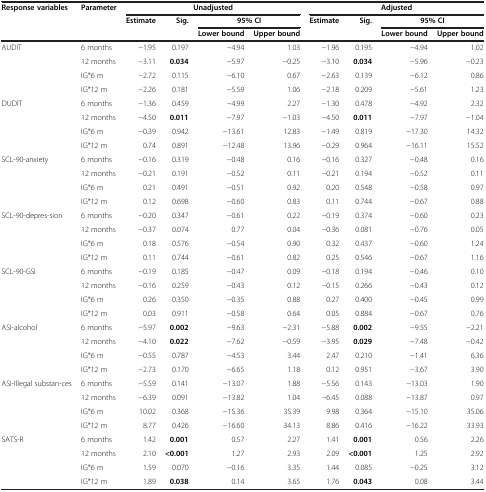
<table><thead><tr><td><b>Response variables</b></td><td><b>Parameter</b></td><td colspan="4"><b>Unadjusted</b></td><td colspan="4"><b>Adjusted</b></td></tr><tr><td><b> </b></td><td><b> </b></td><td><b>Estimate</b></td><td><b>Sig.</b></td><td colspan="2"><b>95% CI</b></td><td><b>Estimate</b></td><td><b>Sig.</b></td><td colspan="2"><b>95% CI</b></td></tr><tr><td><b> </b></td><td><b> </b></td><td><b> </b></td><td><b> </b></td><td><b>Lower bound</b></td><td><b>Upper bound</b></td><td><b> </b></td><td><b> </b></td><td><b>Lower bound</b></td><td><b>Upper bound</b></td></tr></thead><tbody><tr><td rowspan="4">AUDIT</td><td>6 months</td><td>−1.95</td><td>0.197</td><td>−4.94</td><td>1.03</td><td>−1.96</td><td>0.195</td><td>−4.94</td><td>1.02</td></tr><tr><td>12 months</td><td>−3.11</td><td><b>0.034</b></td><td>−5.97</td><td>−0.25</td><td>−3.10</td><td><b>0.034</b></td><td>−5.96</td><td>−0.23</td></tr><tr><td>IG*6 m</td><td>−2.72</td><td>0.115</td><td>−6.10</td><td>0.67</td><td>−2.63</td><td>0.139</td><td>−6.12</td><td>0.86</td></tr><tr><td>IG*12 m</td><td>−2.26</td><td>0.181</td><td>−5.59</td><td>1.06</td><td>−2.18</td><td>0.209</td><td>−5.61</td><td>1.23</td></tr><tr><td rowspan="4">DUDIT</td><td>6 months</td><td>−1.36</td><td>0.459</td><td>−4.99</td><td>2.27</td><td>−1.30</td><td>0.478</td><td>−4.92</td><td>2.32</td></tr><tr><td>12 months</td><td>−4.50</td><td><b>0.011</b></td><td>−7.97</td><td>−1.03</td><td>−4.50</td><td><b>0.011</b></td><td>−7.97</td><td>−1.04</td></tr><tr><td>IG*6 m</td><td>−0.39</td><td>0.942</td><td>−13.61</td><td>12.83</td><td>−1.49</td><td>0.819</td><td>−17.30</td><td>14.32</td></tr><tr><td>IG*12 m</td><td>0.74</td><td>0.891</td><td>−12.48</td><td>13.96</td><td>−0.29</td><td>0.964</td><td>−16.11</td><td>15.52</td></tr><tr><td rowspan="4">SCL-90-anxiety</td><td>6 months</td><td>−0.16</td><td>0.319</td><td>−0.48</td><td>0.16</td><td>−0.16</td><td>0.327</td><td>−0.48</td><td>0.16</td></tr><tr><td>12 months</td><td>−0.21</td><td>0.191</td><td>−0.52</td><td>0.11</td><td>−0.21</td><td>0.194</td><td>−0.52</td><td>0.11</td></tr><tr><td>IG*6 m</td><td>0.21</td><td>0.491</td><td>−0.51</td><td>0.92</td><td>0.20</td><td>0.548</td><td>−0.58</td><td>0.97</td></tr><tr><td>IG*12 m</td><td>0.12</td><td>0.698</td><td>−0.60</td><td>0.83</td><td>0.11</td><td>0.744</td><td>−0.67</td><td>0.88</td></tr><tr><td rowspan="4">SCL-90-depres-sion</td><td>6 months</td><td>−0.20</td><td>0.347</td><td>−0.61</td><td>0.22</td><td>−0.19</td><td>0.374</td><td>−0.60</td><td>0.23</td></tr><tr><td>12 months</td><td>−0.37</td><td>0.074</td><td>0.77</td><td>0.04</td><td>−0.36</td><td>0.081</td><td>−0.76</td><td>0.05</td></tr><tr><td>IG*6 m</td><td>0.18</td><td>0.576</td><td>−0.54</td><td>0.90</td><td>0.32</td><td>0.437</td><td>−0.60</td><td>1.24</td></tr><tr><td>IG*12 m</td><td>0.11</td><td>0.744</td><td>−0.61</td><td>0.82</td><td>0.25</td><td>0.546</td><td>−0.67</td><td>1.16</td></tr><tr><td rowspan="4">SCL-90-GSI</td><td>6 months</td><td>−0.19</td><td>0.185</td><td>−0.47</td><td>0.09</td><td>−0.18</td><td>0.194</td><td>−0.46</td><td>0.10</td></tr><tr><td>12 months</td><td>−0.16</td><td>0.259</td><td>−0.43</td><td>0.12</td><td>−0.15</td><td>0.266</td><td>−0.43</td><td>0.12</td></tr><tr><td>IG*6 m</td><td>0.26</td><td>0.350</td><td>−0.35</td><td>0.88</td><td>0.27</td><td>0.400</td><td>−0.45</td><td>0.99</td></tr><tr><td>IG*12 m</td><td>0.03</td><td>0.911</td><td>−0.58</td><td>0.64</td><td>0.05</td><td>0.884</td><td>−0.67</td><td>0.76</td></tr><tr><td rowspan="4">ASI-alcohol</td><td>6 months</td><td>−5.97</td><td><b>0.002</b></td><td>−9.63</td><td>−2.31</td><td>−5.88</td><td><b>0.002</b></td><td>−9.55</td><td>−2.21</td></tr><tr><td>12 months</td><td>−4.10</td><td><b>0.022</b></td><td>−7.62</td><td>−0.59</td><td>−3.95</td><td><b>0.029</b></td><td>−7.48</td><td>−0.42</td></tr><tr><td>IG*6 m</td><td>−0.55</td><td>0.787</td><td>−4.53</td><td>3.44</td><td>2.47</td><td>0.210</td><td>−1.41</td><td>6.36</td></tr><tr><td>IG*12 m</td><td>−2.73</td><td>0.170</td><td>−6.65</td><td>1.18</td><td>0.12</td><td>0.951</td><td>−3.67</td><td>3.90</td></tr><tr><td rowspan="4">ASI-Illegal substan-ces</td><td>6 months</td><td>−5.59</td><td>0.141</td><td>−13.07</td><td>1.88</td><td>−5.56</td><td>0.143</td><td>−13.03</td><td>1.90</td></tr><tr><td>12 months</td><td>−6.39</td><td>0.091</td><td>−13.82</td><td>1.04</td><td>−6.45</td><td>0.088</td><td>−13.87</td><td>0.97</td></tr><tr><td>IG*6 m</td><td>10.02</td><td>0.368</td><td>−15.36</td><td>35.39</td><td>9.98</td><td>0.364</td><td>−15.10</td><td>35.06</td></tr><tr><td>IG*12 m</td><td>8.77</td><td>0.426</td><td>−16.60</td><td>34.13</td><td>8.86</td><td>0.416</td><td>−16.22</td><td>33.93</td></tr><tr><td rowspan="4">SATS-R</td><td>6 months</td><td>1.42</td><td><b>0.001</b></td><td>0.57</td><td>2.27</td><td>1.41</td><td><b>0.001</b></td><td>0.56</td><td>2.26</td></tr><tr><td>12 months</td><td>2.10</td><td><b>&lt;0.001</b></td><td>1.27</td><td>2.93</td><td>2.09</td><td><b>&lt;0.001</b></td><td>1.25</td><td>2.92</td></tr><tr><td>IG*6 m</td><td>1.59</td><td>0.070</td><td>−0.16</td><td>3.35</td><td>1.44</td><td>0.085</td><td>−0.25</td><td>3.12</td></tr><tr><td>IG*12 m</td><td>1.89</td><td><b>0.038</b></td><td>0.14</td><td>3.65</td><td>1.76</td><td><b>0.043</b></td><td>0.08</td><td>3.44</td></tr></tbody></table>